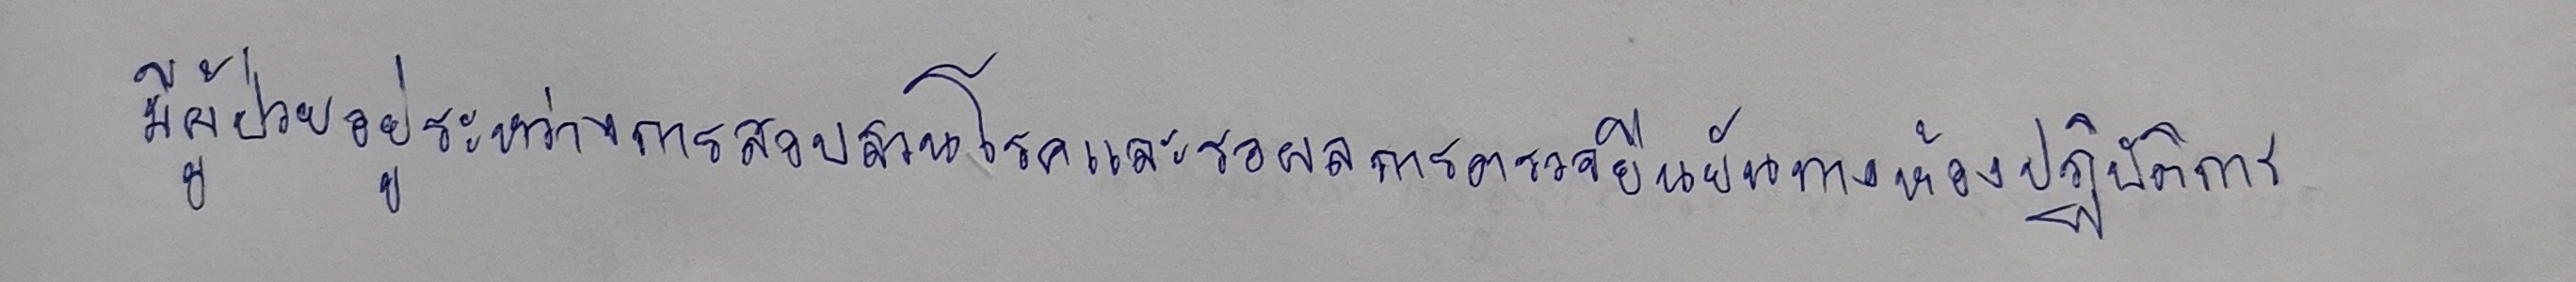
มีผู้ป่วยอยู่ระหว่างการสอบสวนโรคและรอผลการตรวจยืนยันทางห้องปฏิบัติการ